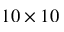
1 0 \times 1 0